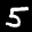
Label: 5